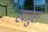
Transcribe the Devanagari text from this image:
खजुरा